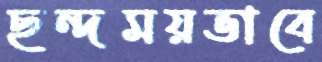
ছন্দময়ভাবে